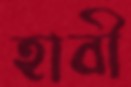
হাবী